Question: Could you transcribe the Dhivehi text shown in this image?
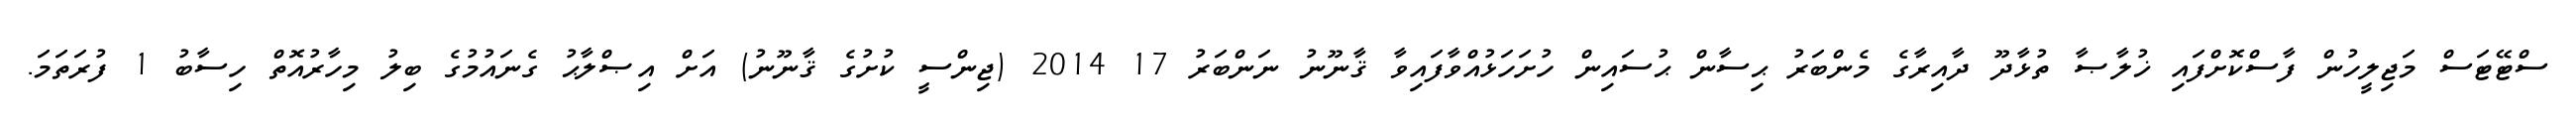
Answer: ސްޓޭޓަސް މަޖިލީހުން ފާސްކޮށްފައި ޚުލާޞާ ތުޅާދޫ ދާއިރާގެ މެންބަރު ޙިސާން ޙުސައިން ހުށަހަޅުއްވާފައިވާ ޤާނޫނު ނަންބަރު 17 2014 (ޖިންސީ ކުށުގެ ޤާނޫނު) އަށް އިޞްލާޙު ގެނައުމުގެ ބިލު މިހާރުއޮތް ހިސާބު 1 ފުރަތަމަ.